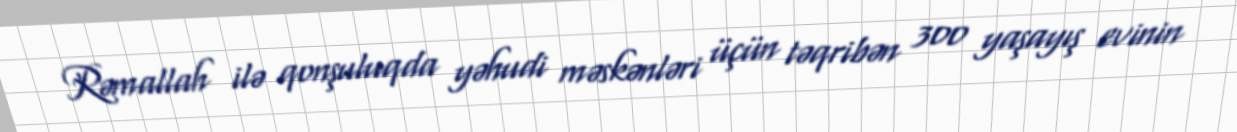
Rəmallah ilə qonşuluqda yəhudi məskənləri üçün təqribən 300 yaşayış evinin